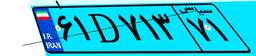
۴۲D۹۶۲۴۹